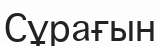
Сұрағын